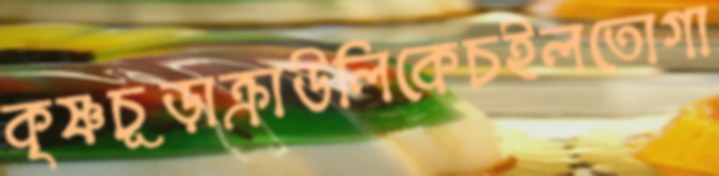
কৃষ্ণচূড়াক্রাউলিকেচইলতোগা